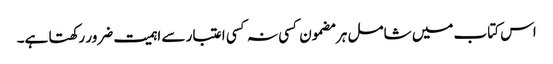
اس کتاب میں شامل ہر مضمون کسی نہ کسی اعتبار سے اہمیت ضرور رکھتا ہے۔